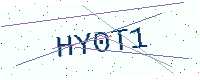
Text: HY0T1